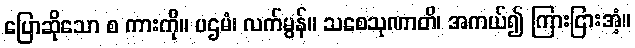
ပြောဆိုသော စ ကားကို။ ပဌမံ၊ လက်မွန်။ သစေသုဏာတိ၊ အကယ်၍ ကြားငြားအံ့။